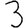
Digit: 3